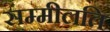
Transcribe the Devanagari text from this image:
सम्मीलति